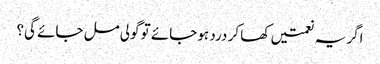
اگر یہ نعمتیں کھا کر درد ہو جائے تو گولی مل جائے گی؟